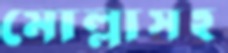
মোল্লাসহ